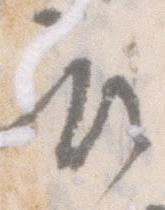
被